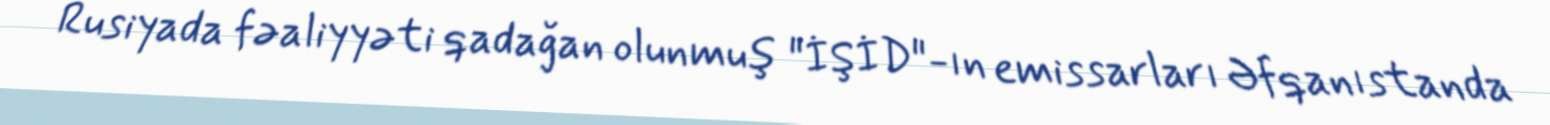
Rusiyada fəaliyyəti qadağan olunmuş "İŞİD"-ın emissarları Əfqanıstanda